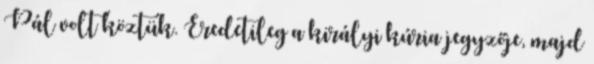
Pál volt köztük. Eredetileg a királyi kúria jegyzője, majd